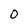
Character: O